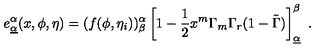
e _ { \underline { { \alpha } } } ^ { \alpha } ( x , \phi , \eta ) = ( f ( \phi , \eta _ { i } ) ) _ { \beta } ^ { \alpha } \left[ 1 - { \frac { 1 } { 2 } } x ^ { m } \Gamma _ { m } \Gamma _ { r } ( 1 - \tilde { \Gamma } ) \right] _ { \underline { { \alpha } } } ^ { \beta } \ .